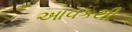
આવકથી